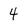
Character: 4